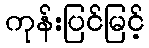
ကုန်းပြင်မြင့်